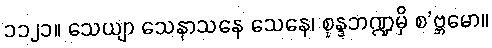
၁၁၂၁။ သေယျာ သေနာသနေ သေနေ၊ စုန္ဒဘဏ္ဍမှိ စ’ဗ္ဘမော။